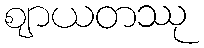
ဈာယတဿု